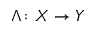
\Lambda \colon X \to Y